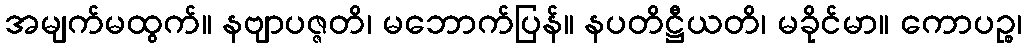
အမျက်မထွက်။ နဗျာပဇ္ဇတိ၊ မဘောက်ပြန်။ နပတိဋ္ဌီယတိ၊ မခိုင်မာ။ ကောပဉ္စ၊